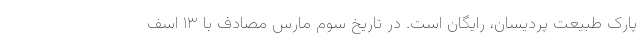
پارک طبیعت پردیسان، رایگان است. در تاریخ سوم مارس مصادف با ۱۳ اسف